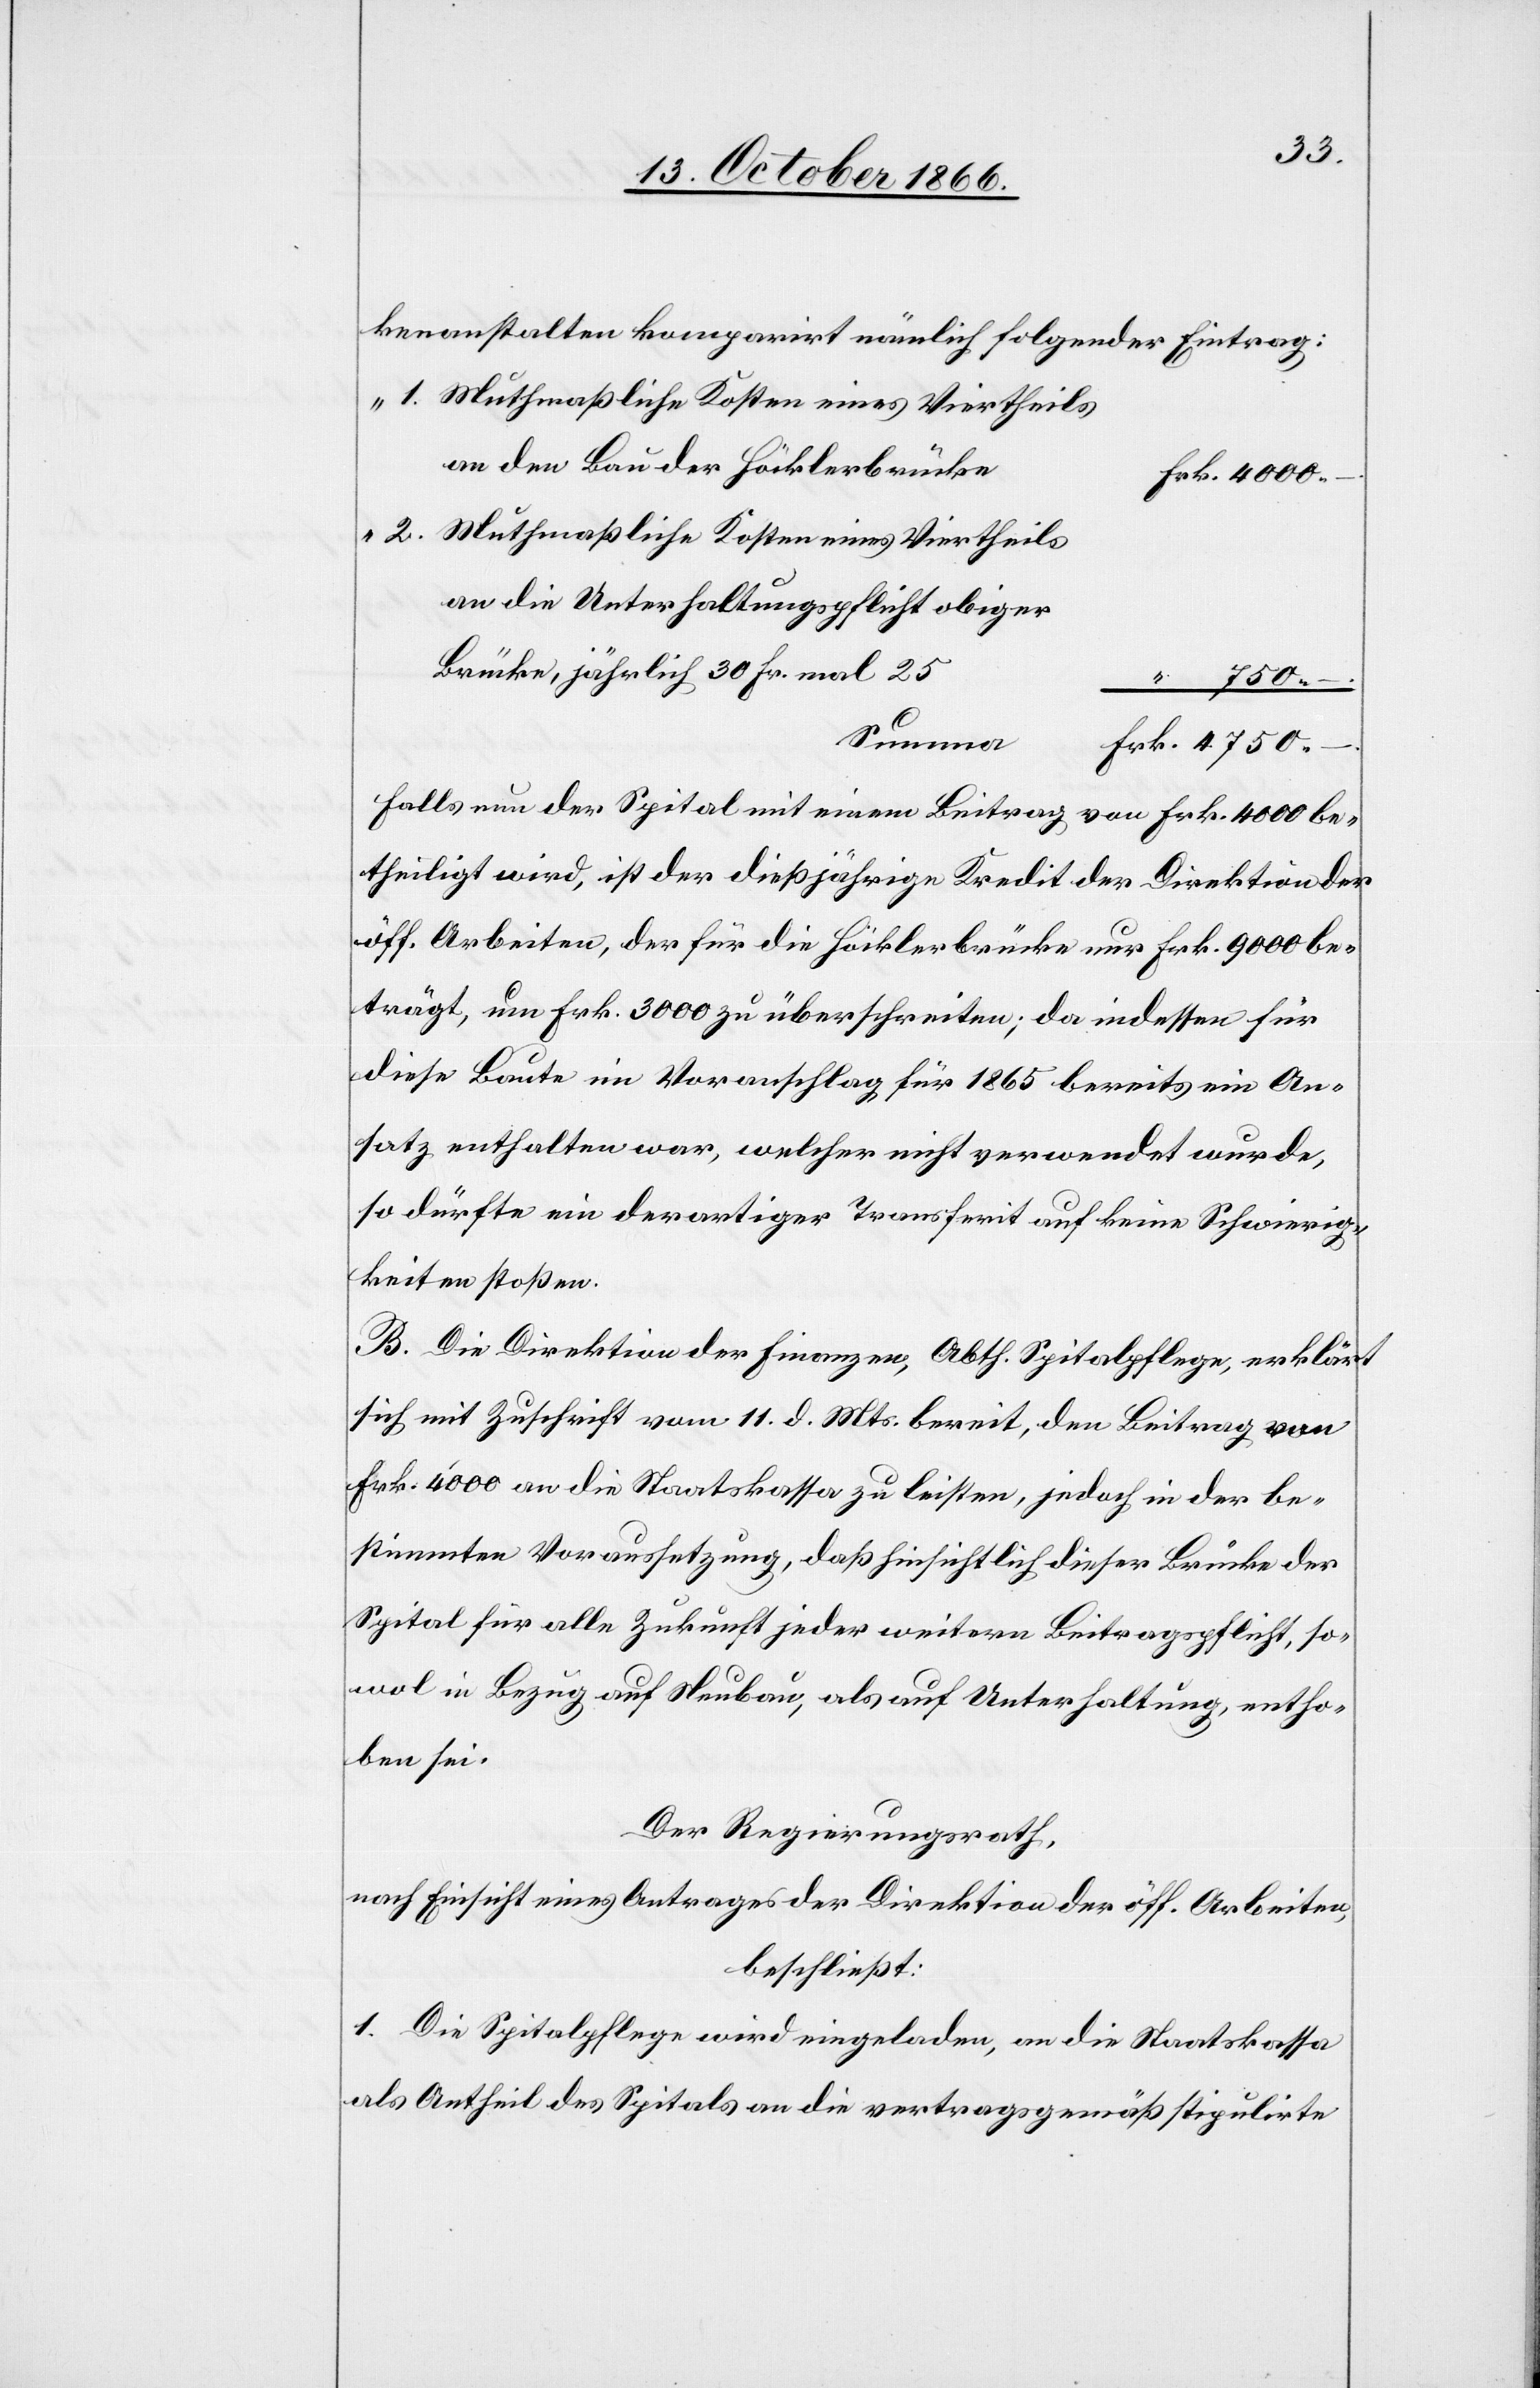
kenanstalten komparirt nämlich folgender Eintrag:
Muthmaßliche Kosten eines Viertheils
an den Bau der Höcklerbrücke
Muthmaßliche Kosten eines Viertheils
an die Unterhaltungspflicht obiger
Brücke, jährlich 30 Fr. mal 25
4750.–
t
Summa
Falls nun der Spital mit einem Beitrag von Frk. 4000 be¬
theiligt wird, ist der dießjährige Kredit der Direktion der
öff. Arbeiten, der für die Höcklerbrücke nur Frk. 9000 be¬
trägt, um Frk. 3000 zu überschreiten; da indessen für
diese Baute im Voranschlag für 1865 bereits ein An¬
satz enthalten war, welcher nicht verwendet wurde,
so dürfte ein derartiger Transferit auf keine Schwierig¬
keiten stoßen.
B. Die Direktion der Finanzen, Abth. Spitalpflege, erklär¬
sich mit Zuschrift vom 11. d. Mts. bereit, den Beitrag von
Frk. 4000 an die Staatskassa zu leisten, jedoch in der be¬
stimmten Voraussetzung, daß hinsichtlich dieser Brücke der
Spital für alle Zukunft jeder weitern Beitragspflicht, so¬
wol in Bezug auf Neubau, als auf Unterhaltung, entho¬
ben sei.
Der Regierungsrath,
nach Einsicht eines Antrages der Direktion der öff. Arbeiten,
beschließt:
1. Die Spitalpflege wird eingeladen, an die Staatskassa
als Antheil des Spitals an die vertragsgemäß stipulirte